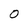
Character: O